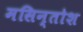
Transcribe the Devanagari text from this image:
मसिन्तोश